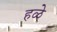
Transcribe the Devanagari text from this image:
हळे